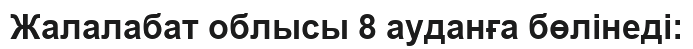
Жалалабат облысы 8 ауданға бөлінеді: